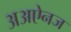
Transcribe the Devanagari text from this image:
अअऐनज